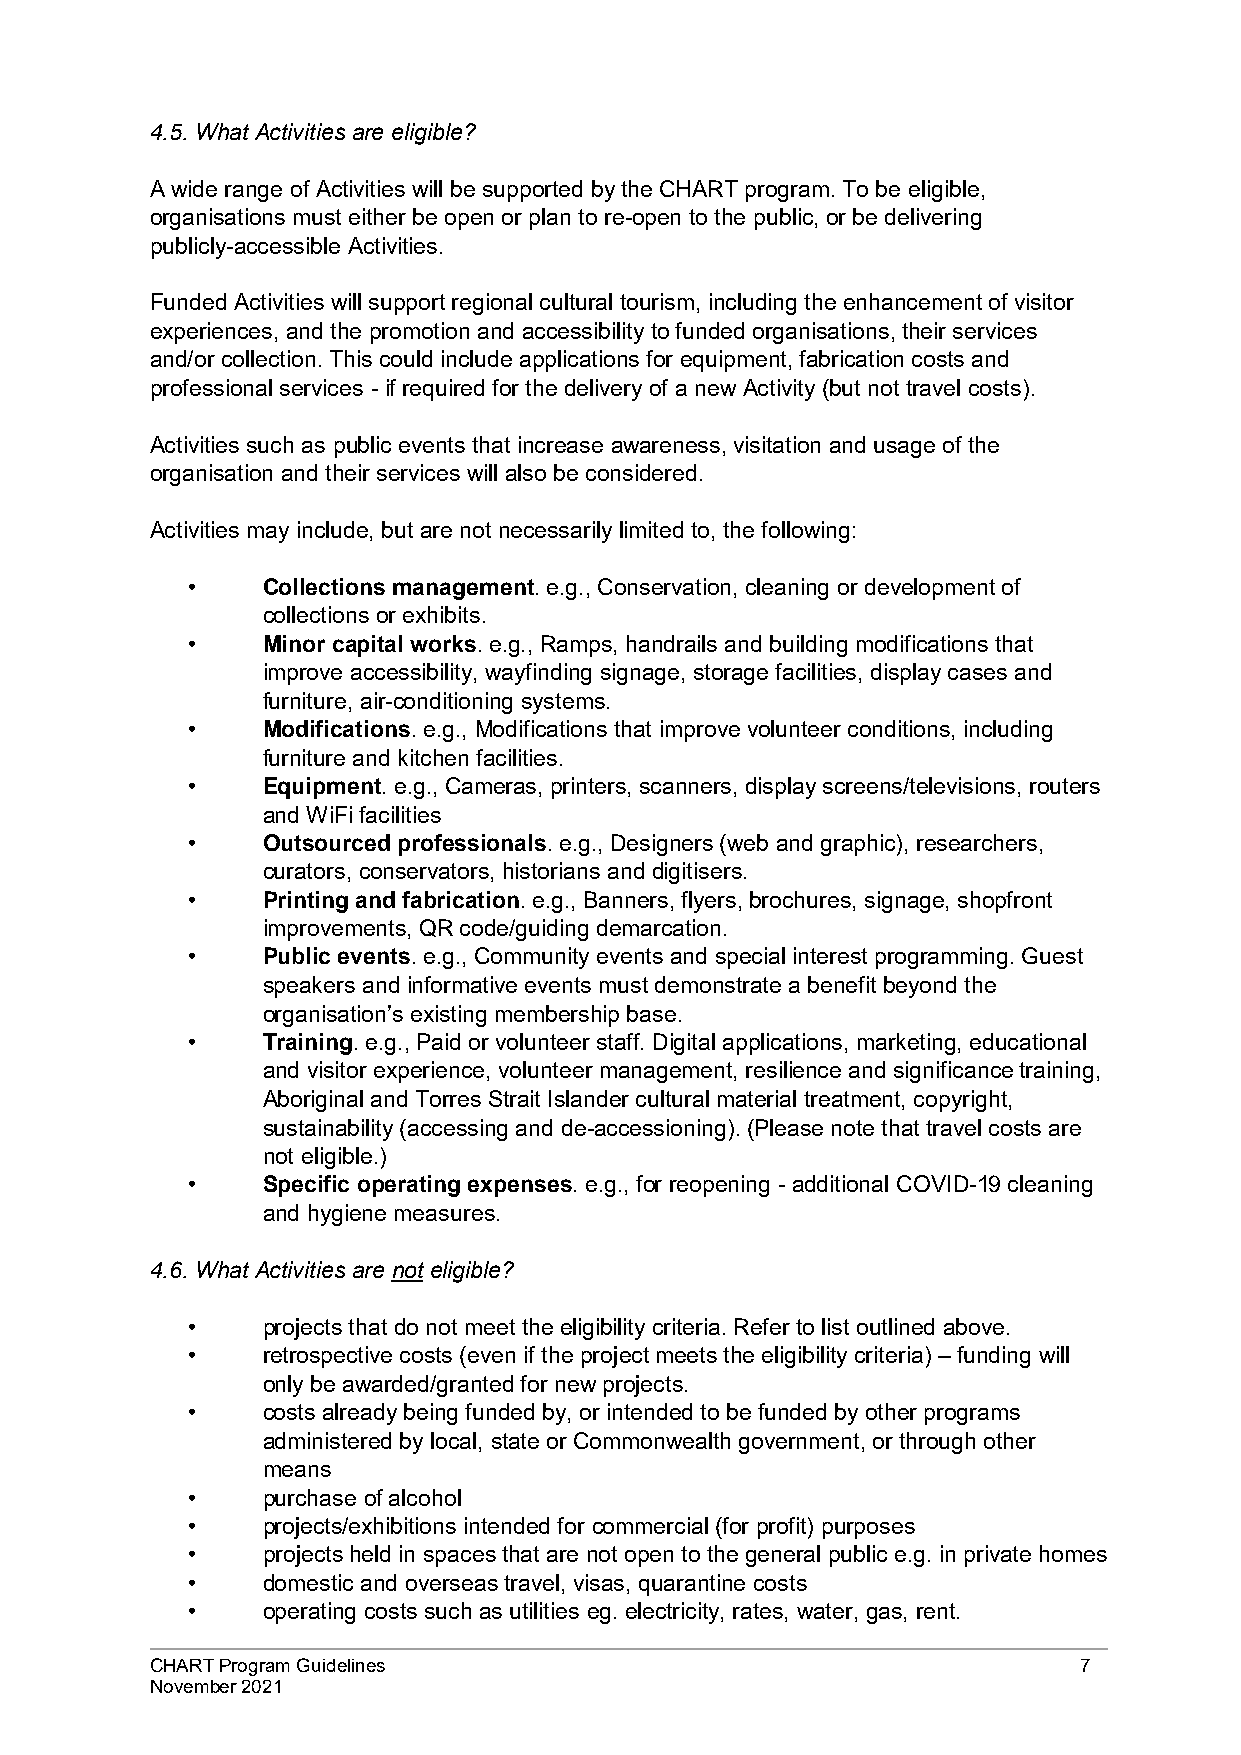
4.5. What Activities are eligible?
 A wide range of Activities will be supported by the CHART program. To be eligible,
 organisations must either be open or plan to re-open to the public, or be delivering
 publicly-accessible Activities.
 Funded Activities will support regional cultural tourism, including the enhancement of visitor
 experiences, and the promotion and accessibility to funded organisations, their services
 and/or collection. This could include applications for equipment, fabrication costs and
 professional services - if required for the delivery of a new Activity (but not travel costs).
 Activities such as public events that increase awareness, visitation and usage of the
 organisation and their services will also be considered.
 Activities may include, but are not necessarily limited to, the following:
 •    Collections management. e.g., Conservation, cleaning or development of
 collections or exhibits.
 •    Minor capital works. e.g., Ramps, handrails and building modifications that
 improve accessibility, wayfinding signage, storage facilities, display cases and
 furniture, air-conditioning systems.
 •    Modifications. e.g., Modifications that improve volunteer conditions, including
 furniture and kitchen facilities.
 •    Equipment. e.g., Cameras, printers, scanners, display screens/televisions, routers
 and WiFi facilities
 •    Outsourced professionals. e.g., Designers (web and graphic), researchers,
 curators, conservators, historians and digitisers.
 •    Printing and fabrication. e.g., Banners, flyers, brochures, signage, shopfront
 improvements, QR code/guiding demarcation.
 •    Public events. e.g., Community events and special interest programming. Guest
 speakers and informative events must demonstrate a benefit beyond the
 organisation’s existing membership base.
 •    Training. e.g., Paid or volunteer staff. Digital applications, marketing, educational
 and visitor experience, volunteer management, resilience and significance training,
 Aboriginal and Torres Strait Islander cultural material treatment, copyright,
 sustainability (accessing and de-accessioning). (Please note that travel costs are
 not eligible.)
 •    Specific operating expenses. e.g., for reopening - additional COVID-19 cleaning
 and hygiene measures.
 4.6. What Activities are not eligible?
 •    projects that do not meet the eligibility criteria. Refer to list outlined above.
 •    retrospective costs (even if the project meets the eligibility criteria) – funding will
 only be awarded/granted for new projects.
 •    costs already being funded by, or intended to be funded by other programs
 administered by local, state or Commonwealth government, or through other
 means
 •    purchase of alcohol
 •    projects/exhibitions intended for commercial (for profit) purposes
 •    projects held in spaces that are not open to the general public e.g. in private homes
 •    domestic and overseas travel, visas, quarantine costs
 •    operating costs such as utilities eg. electricity, rates, water, gas, rent.
 CHART Program Guidelines                                     7
 November 2021